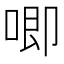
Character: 唧